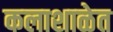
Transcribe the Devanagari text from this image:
कलाशाळेत